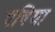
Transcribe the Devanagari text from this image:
एषिया